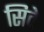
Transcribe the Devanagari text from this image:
सिवे